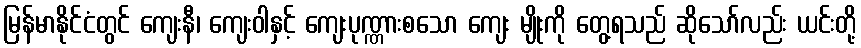
မြန်မာနိုင်ငံတွင် ကျေးနီ၊ ကျေးဝါနှင့် ကျေးပုဏ္ဏားစသော ကျေး မျိုးကို တွေ့ရသည် ဆိုသော်လည်း ယင်းတို့